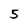
Character: 5